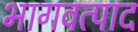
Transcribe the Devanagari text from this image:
भागवत्पाद